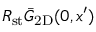
R _ { \mathrm { s t } } \bar { G } _ { \mathrm { 2 D } } ( 0 , x ^ { \prime } )